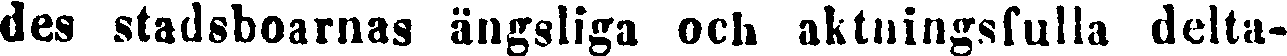
des stadsboarnas ängsliga och aktningsfulla delta-